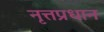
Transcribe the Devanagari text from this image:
नृत्तप्रधान